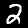
Label: 2